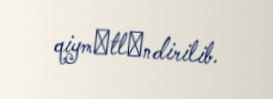
qiymәtlәndirilib.